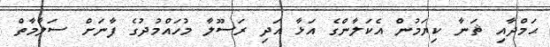
ޙަމްދާއި ޘަނާ ކިޔަމުން އެކަލާންގެ އަޅާ އަދި ރަސޫލާ މުހައްމުދުގެ ފާނަށް ސަލާމާތް